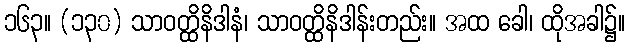
၁၆၃။ (၁၃၀) သာဝတ္ထိနိဒါနံ၊ သာဝတ္ထိနိဒါန်းတည်း။ အထ ခေါ၊ ထိုအခါ၌။